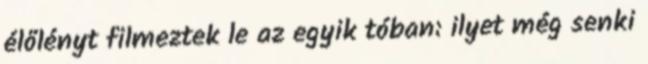
élőlényt filmeztek le az egyik tóban: ilyet még senki